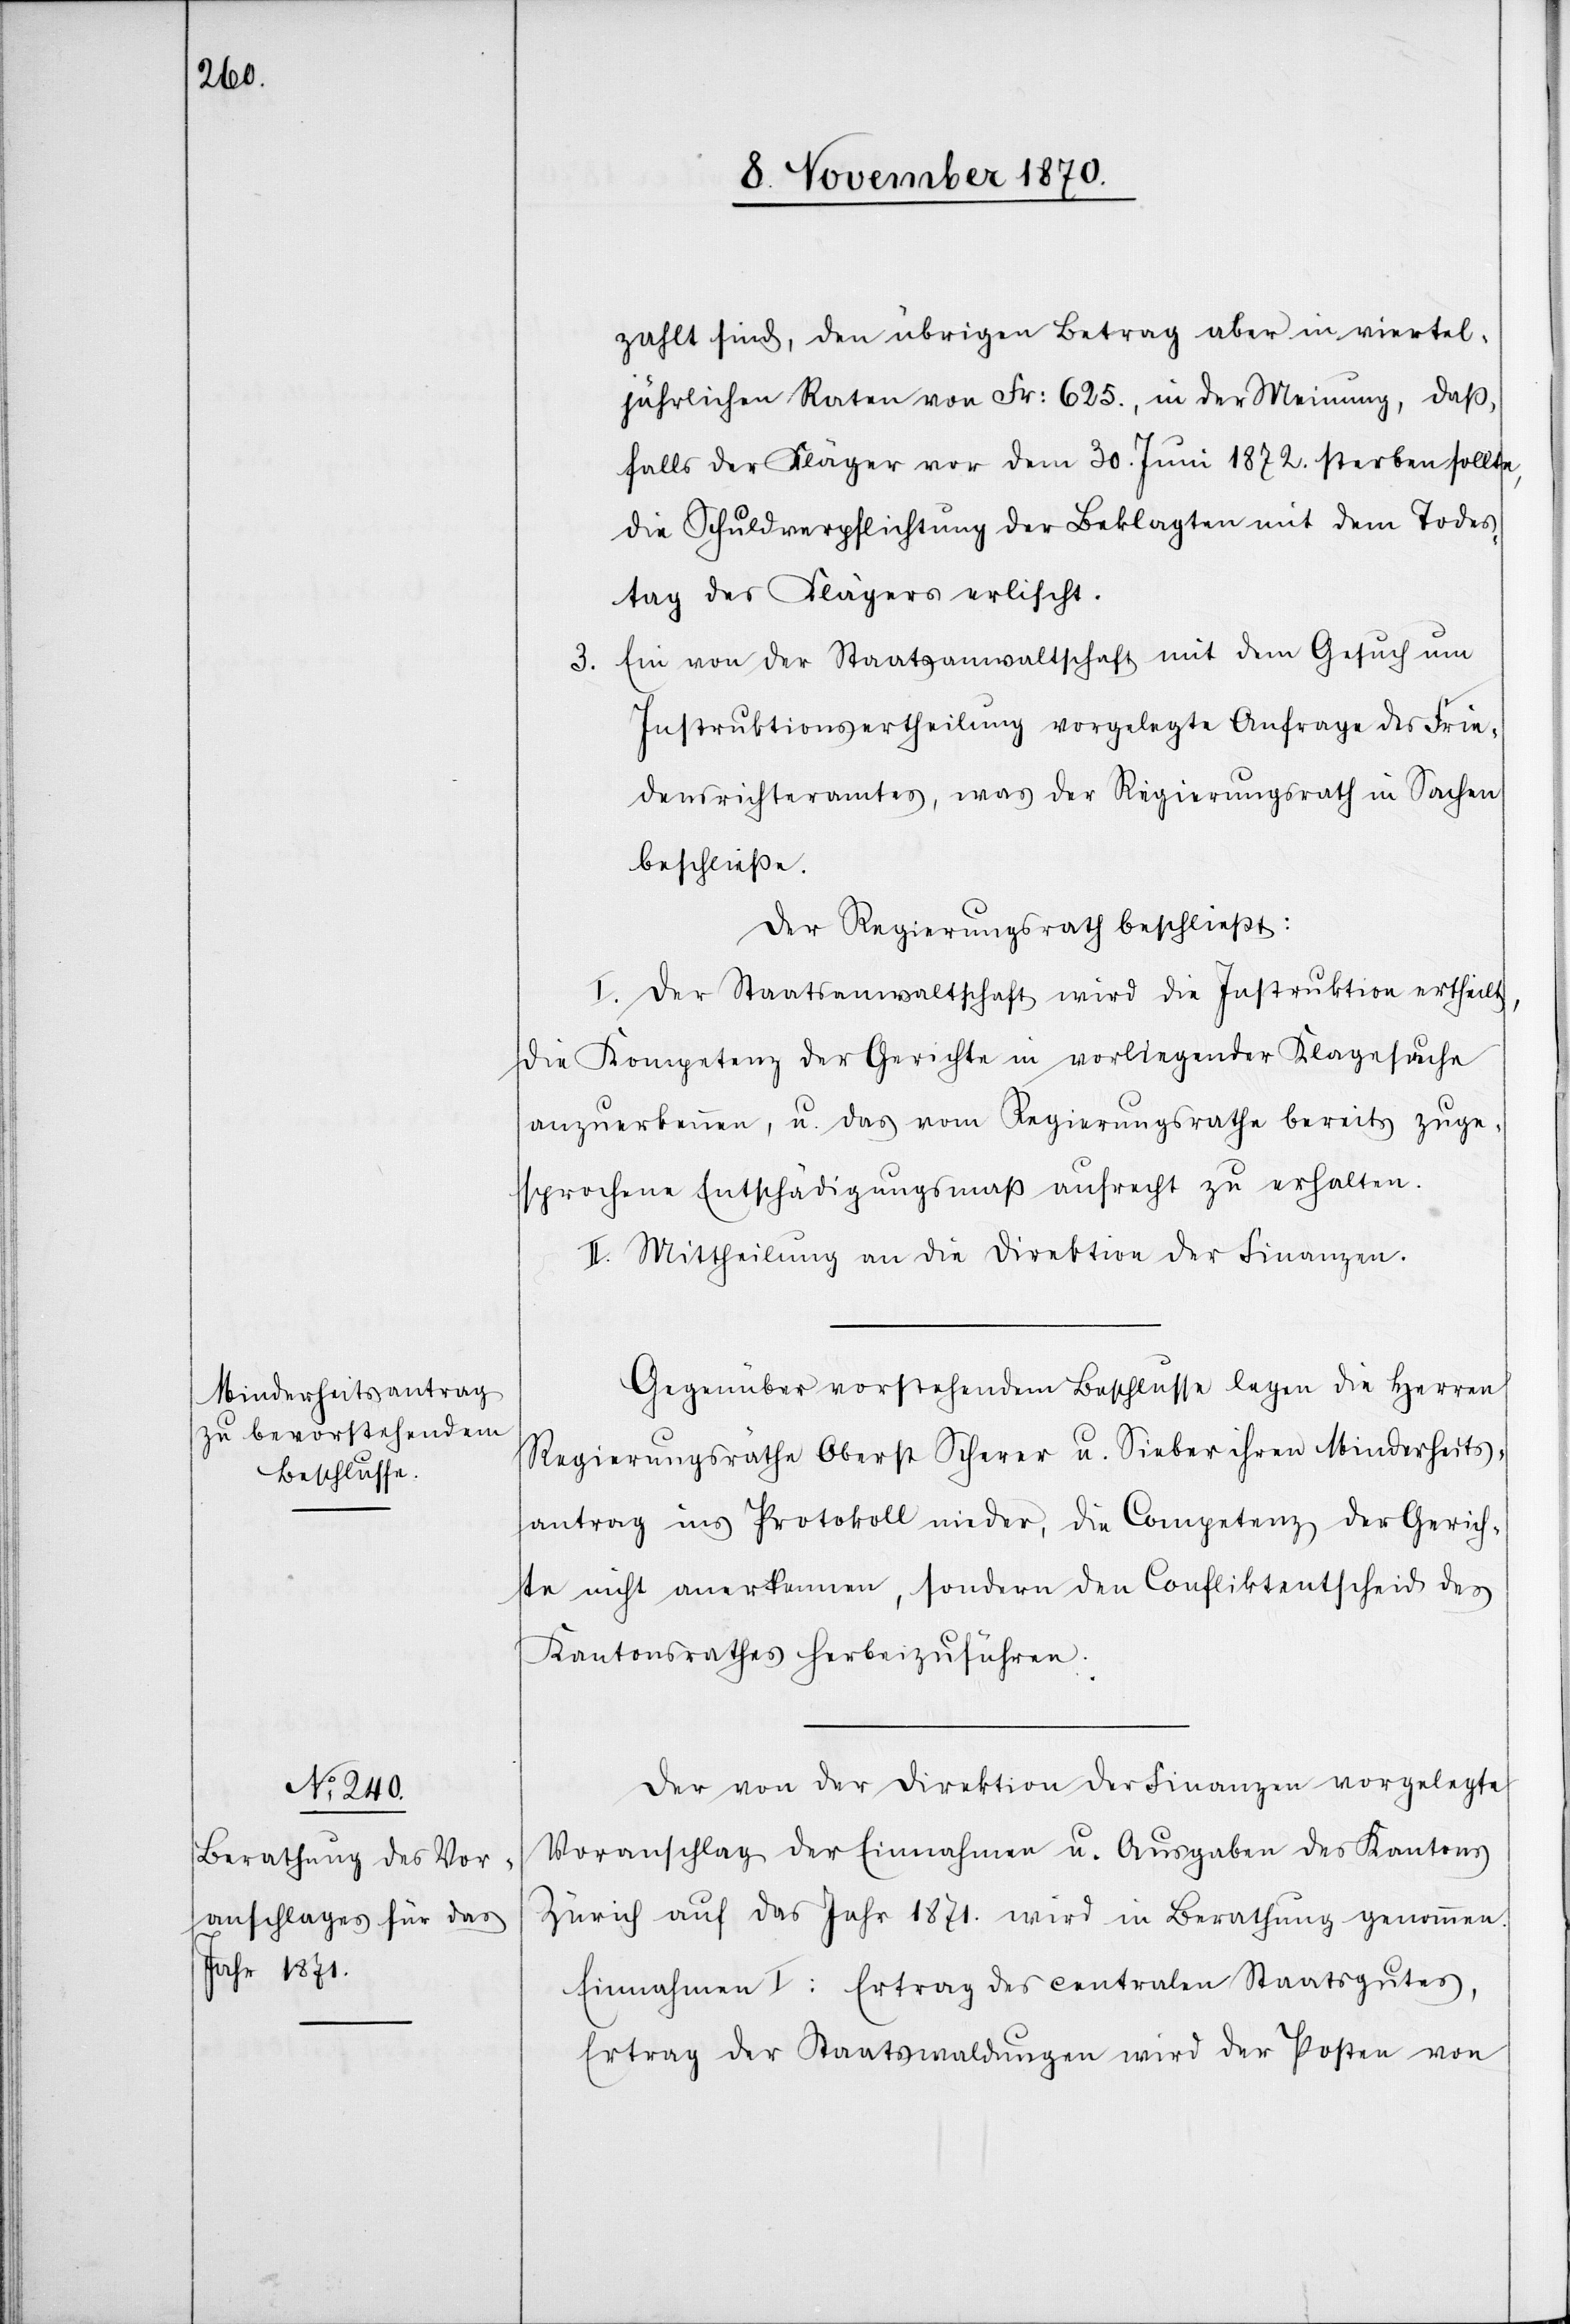
zahlt sind, den übrigen Betrag aber in viertel¬
jährlichen Raten von Fr: 625., in der Meinung, daß,
falls der Kläger vor dem 30. Juni 1872. sterben sollte,
die Schuldverpflichtung der Beklagten mit dem Todes¬
tag des Klägers erlischt.
Ein von der Staatsanwaltschaft mit dem Gesuch um
3.
Instruktionsertheilung vorgelegte Anfrage des Frie¬
denrichteramtes, was der Regierungsrath in Sachen
beschließe.
Der Regierungsrath beschließt:
I. Der Staatsanwaltschaft wird die Instruktion ertheilt,
die Kompetenz der Gerichte in vorliegender Klagesache
anzuerkennen, u. das vom Regierungsrathe bereits zuge¬
sprochene Entschädigungsmaß aufrecht zu erhalten.
II. Mittheilung an die Direktion der Finanzen.
Gegenüber vorstehendem Beschlusse legen die Herren
Regierungsräthe Oberst Scherer u. Sieber ihren Minderheits¬
antrag ins Protokoll nieder, die Competenz der Gerich¬
te nicht an[zu]erkennen, sondern den Confliktentscheid des
Kantonsrathes herbeizuführen.
Der von der Direktion der Finanzen vorgelegte
Voranschlag der Einnahmen u. Ausgaben des Kantons
Zürich auf das Jahr 1871. wird in Berathung genommen.
Einnahmen I: Ertrag des centralen Staatsgutes,
Ertrag der Staatswaldungen wird der Posten von